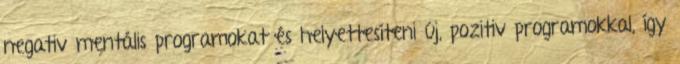
negativ mentális programokat és helyettesíteni új, pozitiv programokkal, így